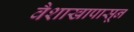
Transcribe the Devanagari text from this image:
वैशाखापासून